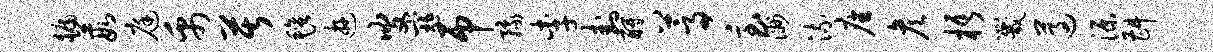
牖葭庭禹苦毡游叟寇吊豫李卦酹蒿急洲流座彦梧咒遵源斟